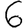
Digit: 6